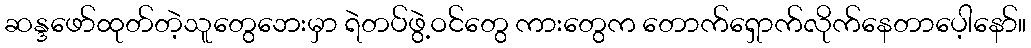
ဆန္ဒဖော်ထုတ်တဲ့သူတွေဘေးမှာ ရဲတပ်ဖွဲ့ဝင်တွေ ကားတွေက တောက်ရှောက်လိုက်နေတာပေ့ါနော်။